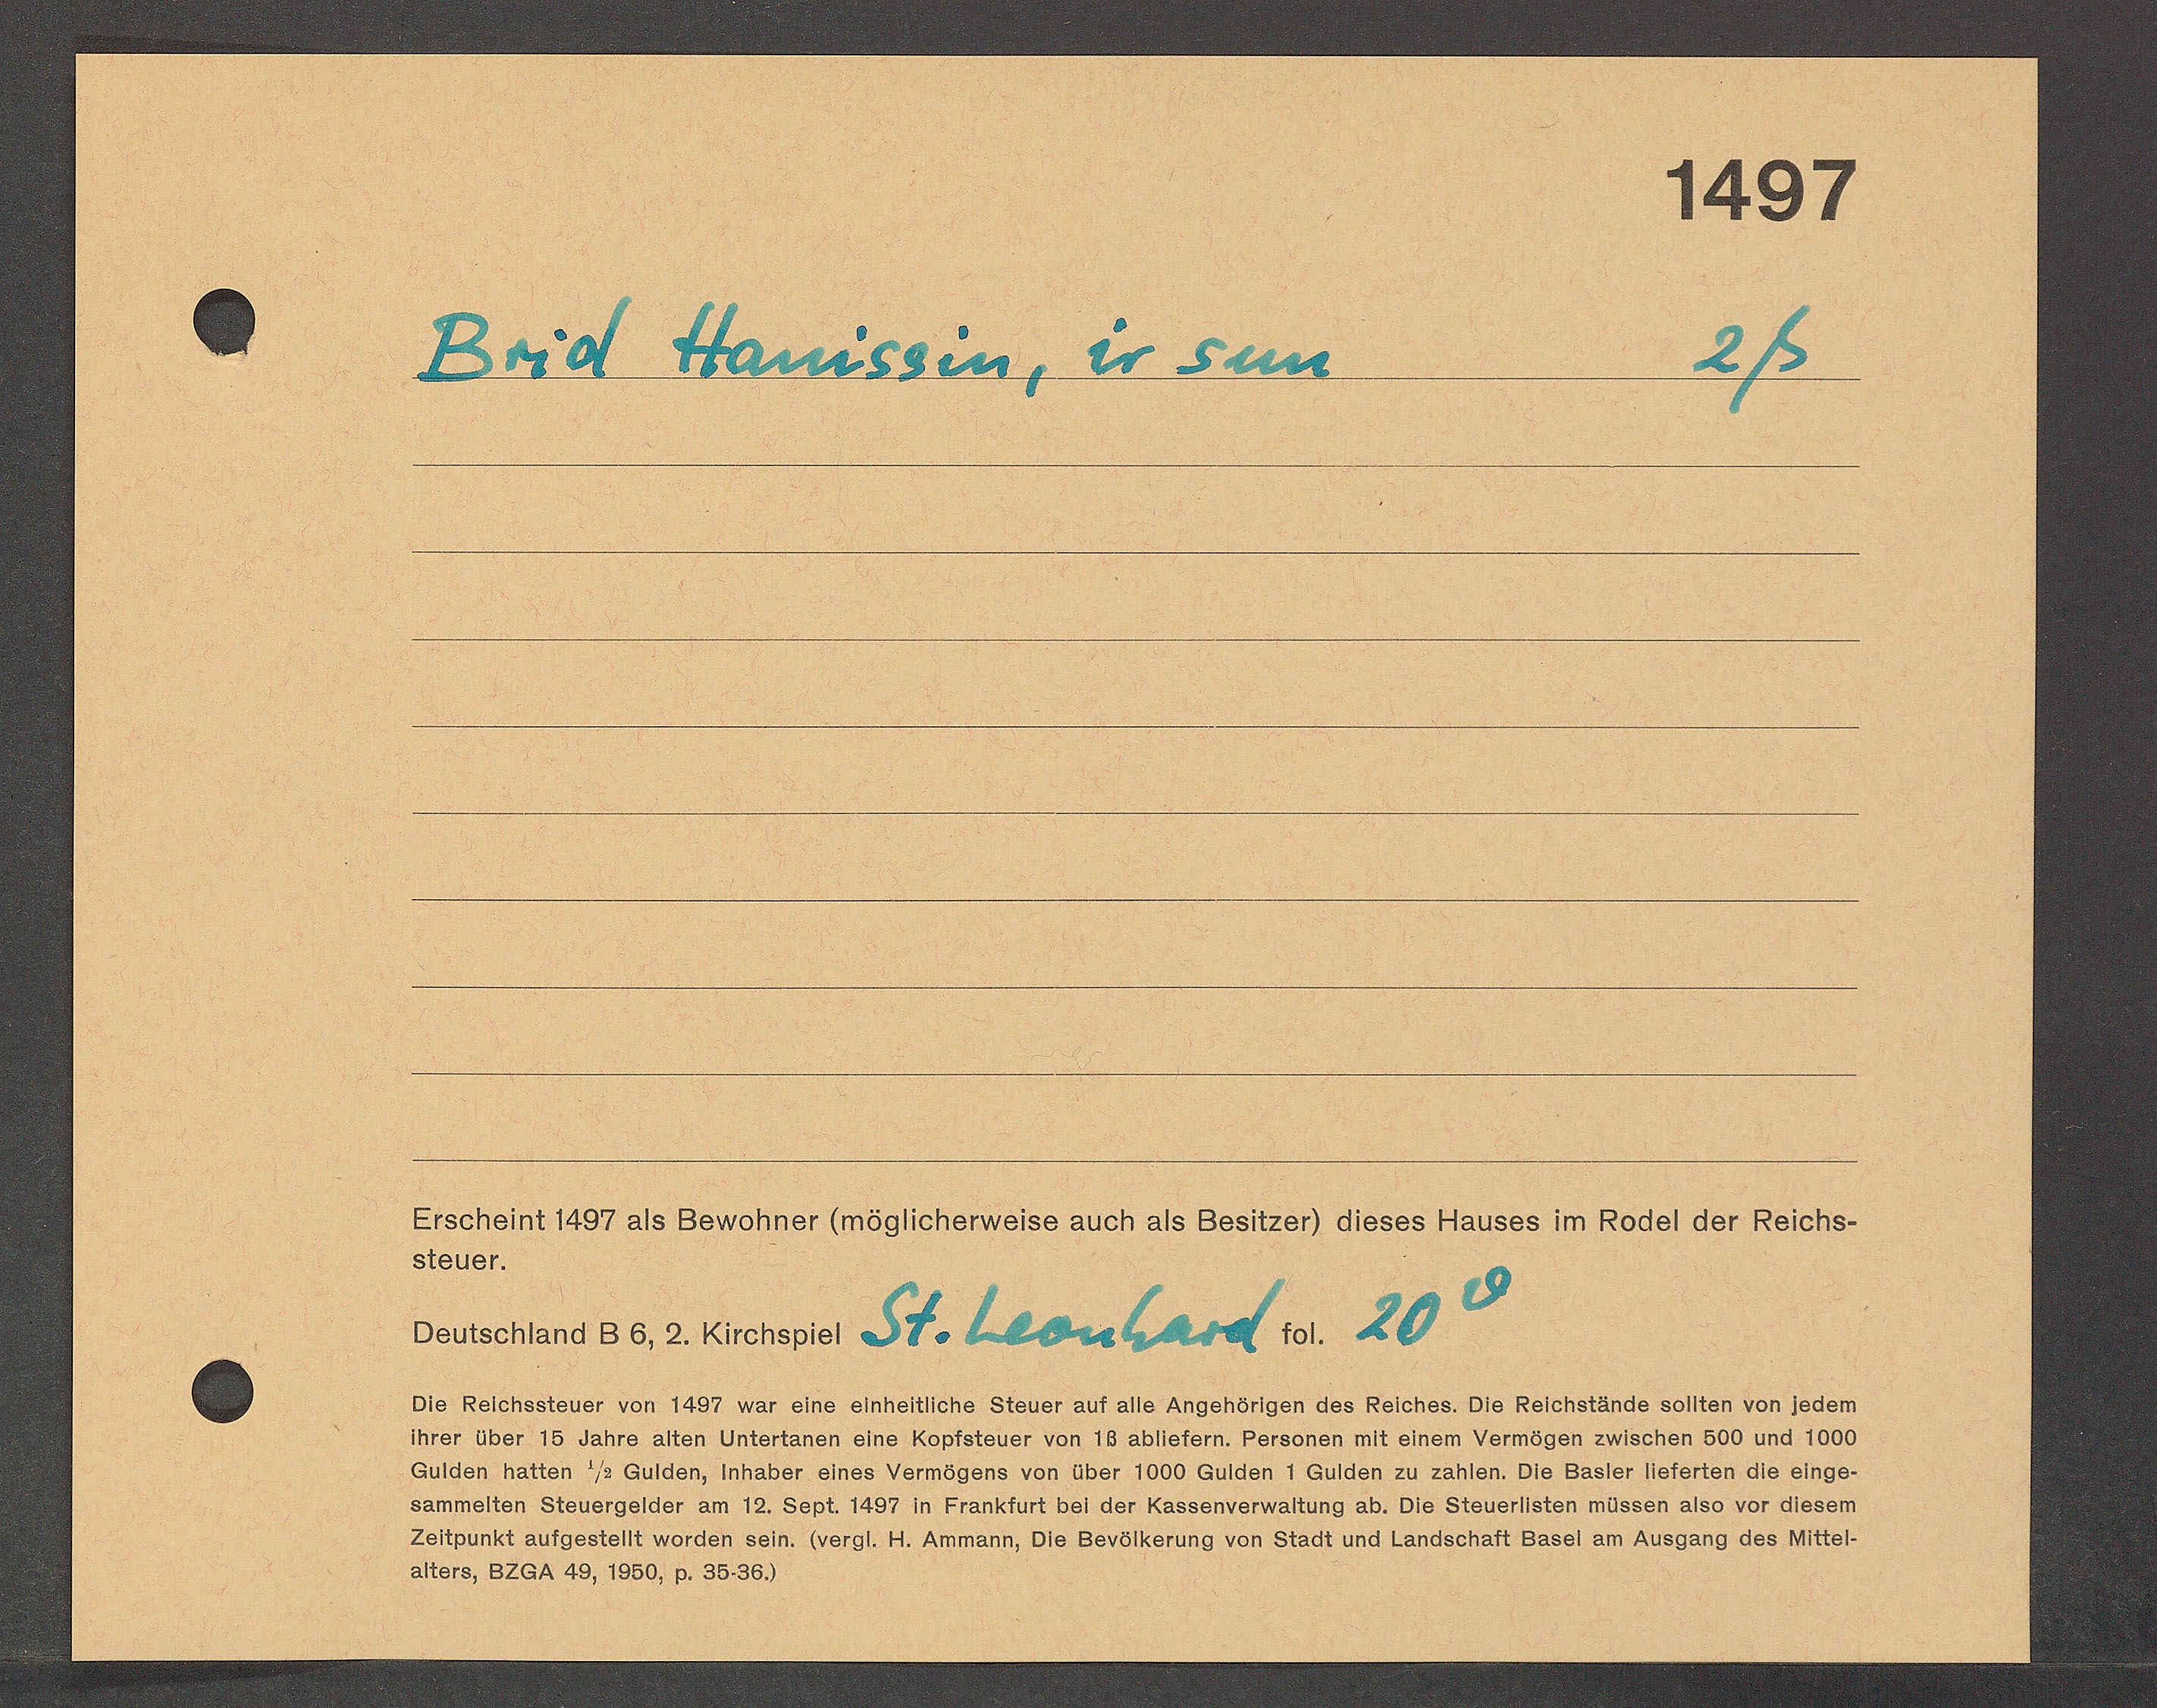
Transcript:
Brid Haussin, ir sun

Erscheint 1437 als Bewohner (mssticherweise auch als Besitzer) dieses Hauses im Rodel der Reichs¬
Steuer.
Beuschland Eb, 2. Kücherer St. Leonhard. v. 20
Oie Reichssteuer von 1457 war eine einheitliche Steuer auf alle Angehörigen des Reiches. Oie Reichstände.
Threr Aber 15 Jahre alten unterlanen eine Koptsteuer von 18 ablietern. Personen mit einem Vermegen zuischen 600 und 10
Gulden hatten 73 Gulden, inhaber eines Vermögens von über 1000 Gulden 1 Gulden zahlen. Ote Basel
sammelten Steuergelder am 12. Sept. 1487 in Frankfurt bet der Rassenverwattung ab. Oie Steuertsten musse
Zettzunkt aufgestellt worden sein. Wergt. Ht. Ammann, Oie Bevötherung von Stadt und landschaft Basel ausg
alters, O2aA 49, 1850, p. 3636)